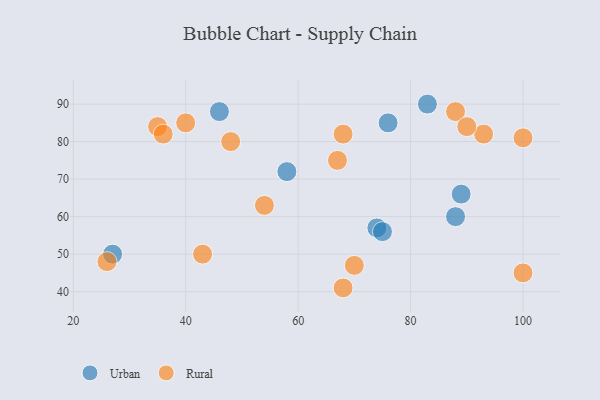
{"axis": {"x": "GDP", "y": "Life Expectancy"}, "legend": ["Rural", "Urban"], "data": [{"x": "89", "y": 66, "type": "Urban"}, {"x": "74", "y": 57, "type": "Urban"}, {"x": "83", "y": 90, "type": "Urban"}, {"x": "76", "y": 85, "type": "Urban"}, {"x": "27", "y": 50, "type": "Urban"}, {"x": "75", "y": 56, "type": "Urban"}, {"x": "58", "y": 72, "type": "Urban"}, {"x": "46", "y": 88, "type": "Urban"}, {"x": "88", "y": 60, "type": "Urban"}, {"x": "93", "y": 82, "type": "Rural"}, {"x": "26", "y": 48, "type": "Rural"}, {"x": "35", "y": 84, "type": "Rural"}, {"x": "88", "y": 88, "type": "Rural"}, {"x": "100", "y": 45, "type": "Rural"}, {"x": "40", "y": 85, "type": "Rural"}, {"x": "90", "y": 84, "type": "Rural"}, {"x": "70", "y": 47, "type": "Rural"}, {"x": "67", "y": 75, "type": "Rural"}, {"x": "48", "y": 80, "type": "Rural"}, {"x": "54", "y": 63, "type": "Rural"}, {"x": "68", "y": 82, "type": "Rural"}, {"x": "68", "y": 41, "type": "Rural"}, {"x": "100", "y": 81, "type": "Rural"}, {"x": "43", "y": 50, "type": "Rural"}, {"x": "36", "y": 82, "type": "Rural"}]}